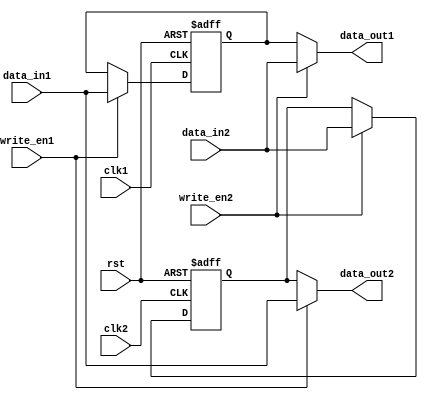
module DualPortBypassRegister (
    input wire clk1, // Clock input for port 1
    input wire clk2, // Clock input for port 2
    input wire rst, // Reset signal
    input wire [7:0] data_in1, // Data input for port 1
    input wire [7:0] data_in2, // Data input for port 2
    input wire write_en1, // Write enable signal for port 1
    input wire write_en2, // Write enable signal for port 2
    output reg [7:0] data_out1, // Data output for port 1
    output reg [7:0] data_out2 // Data output for port 2
);

reg [7:0] reg_data1;
reg [7:0] reg_data2;
reg [7:0] out_data1;
reg [7:0] out_data2;

always @(posedge clk1 or posedge rst) begin
    if (rst) begin
        reg_data1 <= 8'h00;
    end else begin
        if (write_en1) begin
            reg_data1 <= data_in1;
        end
    end
end

always @(posedge clk2 or posedge rst) begin
    if (rst) begin
        reg_data2 <= 8'h00;
    end else begin
        if (write_en2) begin
            reg_data2 <= data_in2;
        end
    end
end

always @* begin
    if (write_en2) begin
        out_data1 <= data_in2;
    end else begin
        out_data1 <= reg_data1;
    end
    
    if (write_en1) begin
        out_data2 <= data_in1;
    end else begin
        out_data2 <= reg_data2;
    end
end

assign data_out1 = out_data1;
assign data_out2 = out_data2;

endmodule